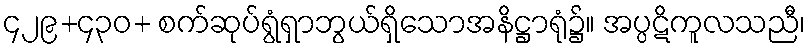
၄၂၉+၄၃၀+ စက်ဆုပ်ရွံရှာဘွယ်ရှိသောအနိဋ္ဌာရုံ၌။ အပ္ပဋိကူလသညီ၊